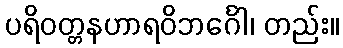
ပရိဝတ္တနဟာရဝိဘင်္ဂေါ၊ တည်း။